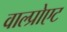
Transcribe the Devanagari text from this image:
वाल्प्रोएट